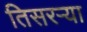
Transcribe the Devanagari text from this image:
तिसरऱ्या